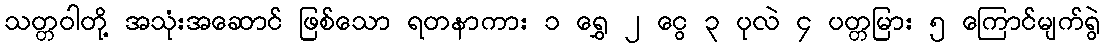
သတ္တဝါတို့ အသုံးအဆောင် ဖြစ်သော ရတနာကား ၁ ရွှေ ၂ ငွေ ၃ ပုလဲ ၄ ပတ္တမြား ၅ ကြောင်မျက်ရွဲ